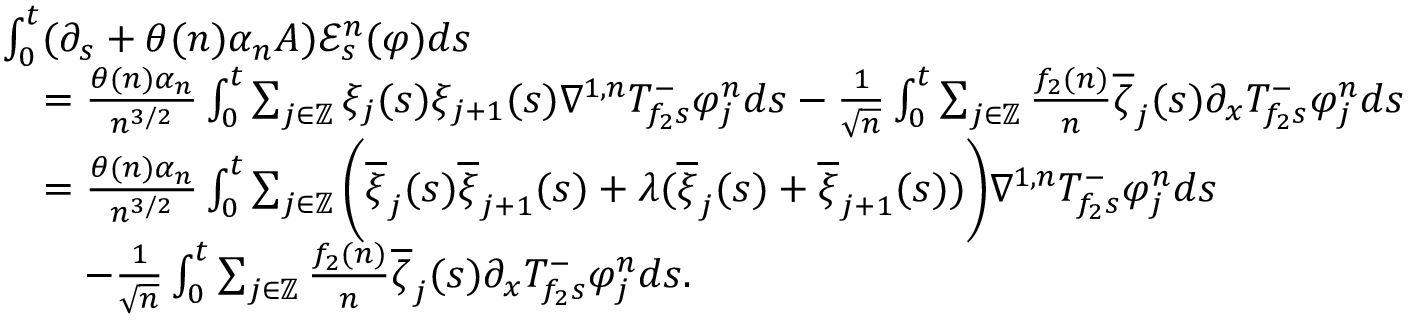
\begin{array} { r l } & { \int _ { 0 } ^ { t } ( \partial _ { s } + \theta ( n ) \alpha _ { n } A ) \mathcal { E } _ { s } ^ { n } ( \varphi ) d s } \\ & { \quad = \frac { \theta ( n ) \alpha _ { n } } { n ^ { 3 / 2 } } \int _ { 0 } ^ { t } \sum _ { j \in \mathbb { Z } } \xi _ { j } ( s ) \xi _ { j + 1 } ( s ) \nabla ^ { 1 , n } T _ { f _ { 2 } s } ^ { - } \varphi _ { j } ^ { n } d s - \frac { 1 } { \sqrt { n } } \int _ { 0 } ^ { t } \sum _ { j \in \mathbb { Z } } \frac { f _ { 2 } ( n ) } { n } \overline { { \zeta } } _ { j } ( s ) \partial _ { x } T _ { f _ { 2 } s } ^ { - } \varphi _ { j } ^ { n } d s } \\ & { \quad = \frac { \theta ( n ) \alpha _ { n } } { n ^ { 3 / 2 } } \int _ { 0 } ^ { t } \sum _ { j \in \mathbb { Z } } \bigg ( \overline { { \xi } } _ { j } ( s ) \overline { { \xi } } _ { j + 1 } ( s ) + \lambda ( \overline { { \xi } } _ { j } ( s ) + \overline { { \xi } } _ { j + 1 } ( s ) ) \bigg ) \nabla ^ { 1 , n } T _ { f _ { 2 } s } ^ { - } \varphi _ { j } ^ { n } d s } \\ & { \qquad - \frac { 1 } { \sqrt { n } } \int _ { 0 } ^ { t } \sum _ { j \in \mathbb { Z } } \frac { f _ { 2 } ( n ) } { n } \overline { { \zeta } } _ { j } ( s ) \partial _ { x } T _ { f _ { 2 } s } ^ { - } \varphi _ { j } ^ { n } d s . } \end{array}